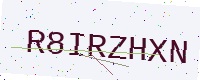
Text: R8IRZHXN